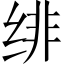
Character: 绯